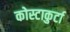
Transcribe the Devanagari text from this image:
कोस्टाकुर्टा